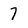
Character: 7